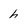
Character: h